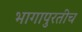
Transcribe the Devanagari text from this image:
भागापुरतीच